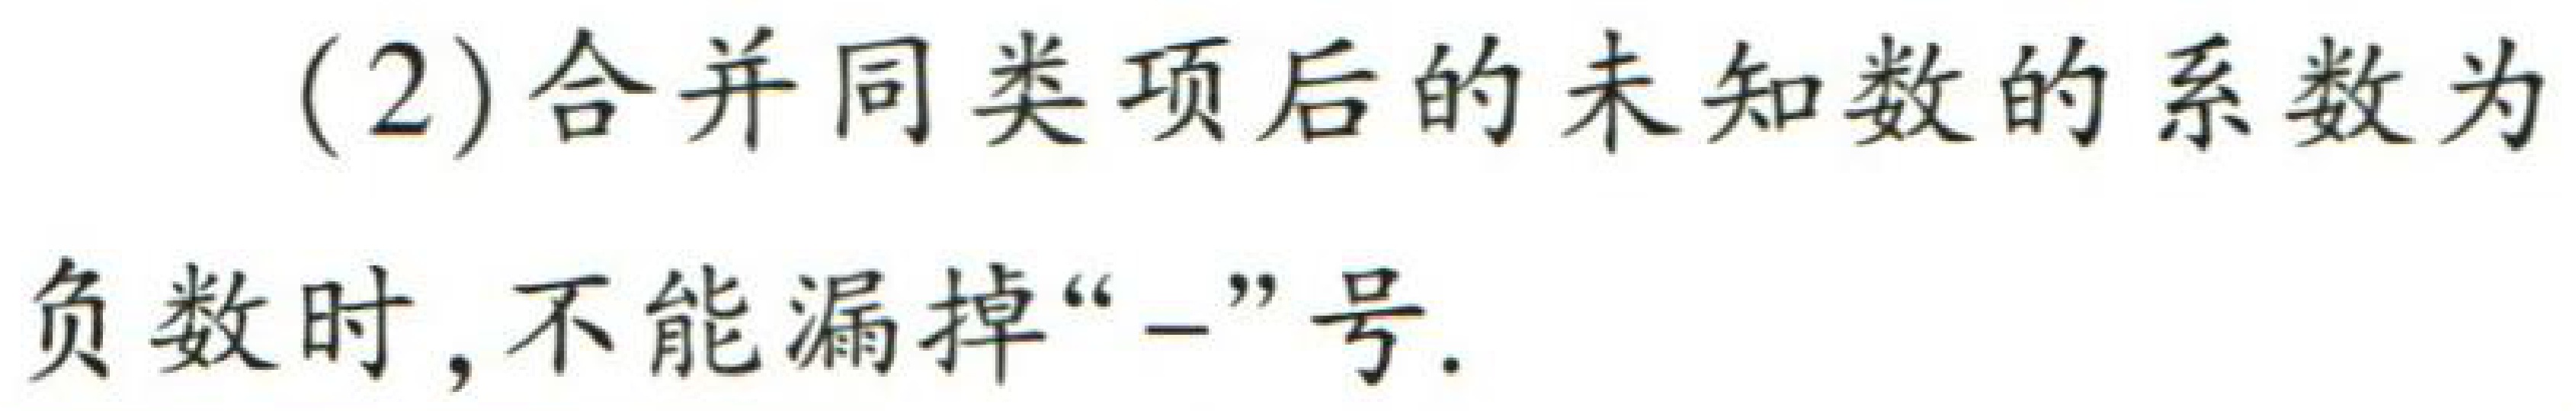
(2)合并同类项后的未知数的系数为

负数时，不能漏掉“$-$”号.